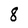
Character: 8